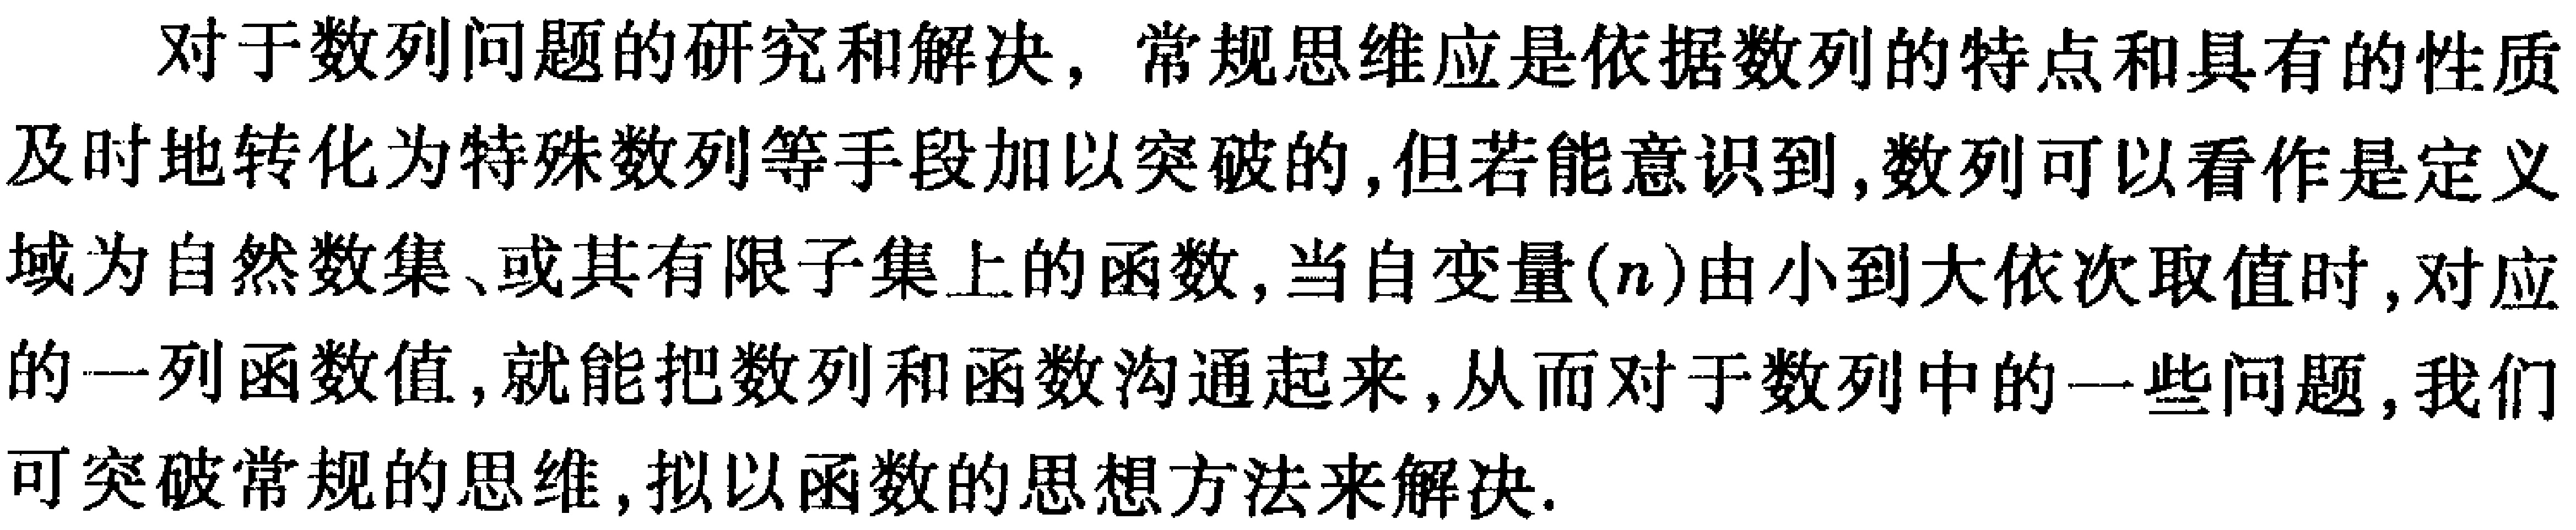
对于数列问题的研究和解决，常规思维应是依据数列的特点和具有的性质及时地转化为特殊数列等手段加以突破的，但若能意识到，数列可以看作是定义域为自然数集、或其有限子集上的函数，当自变量\((n)\)由小到大依次取值时，对应的一列函数值，就能把数列和函数沟通起来，从而对于数列中的一些问题，我们可突破常规的思维，拟以函数的思想方法来解决.